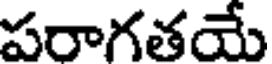
పరాగతయే